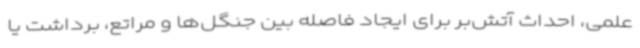
علمی، احداث آتش‌بر برای ایجاد فاصله بین جنگل‌ها و مراتع، برداشت یا